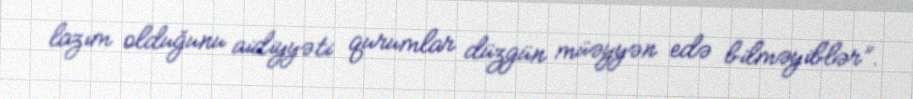
lazım olduğunu aidiyyəti qurumlar düzgün müəyyən edə bilməyiblər”.